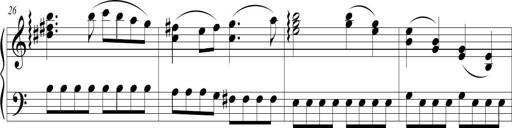
Title: Sonatina (Piano Sonata No.9)
Composer: Richard St. Clair